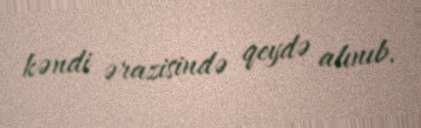
kəndi ərazisində qeydə alınıb.